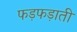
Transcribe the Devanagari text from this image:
फड़फड़ाती